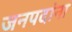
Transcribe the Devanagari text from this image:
जनपदांना